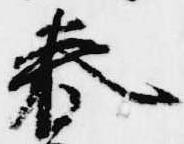
春